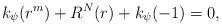
LaTeX: \begin{align*}k_{\psi}(r^m)+R^N(r)+k_{\psi}(-1)=0,\end{align*}